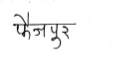
मजकूर: फैजपूर